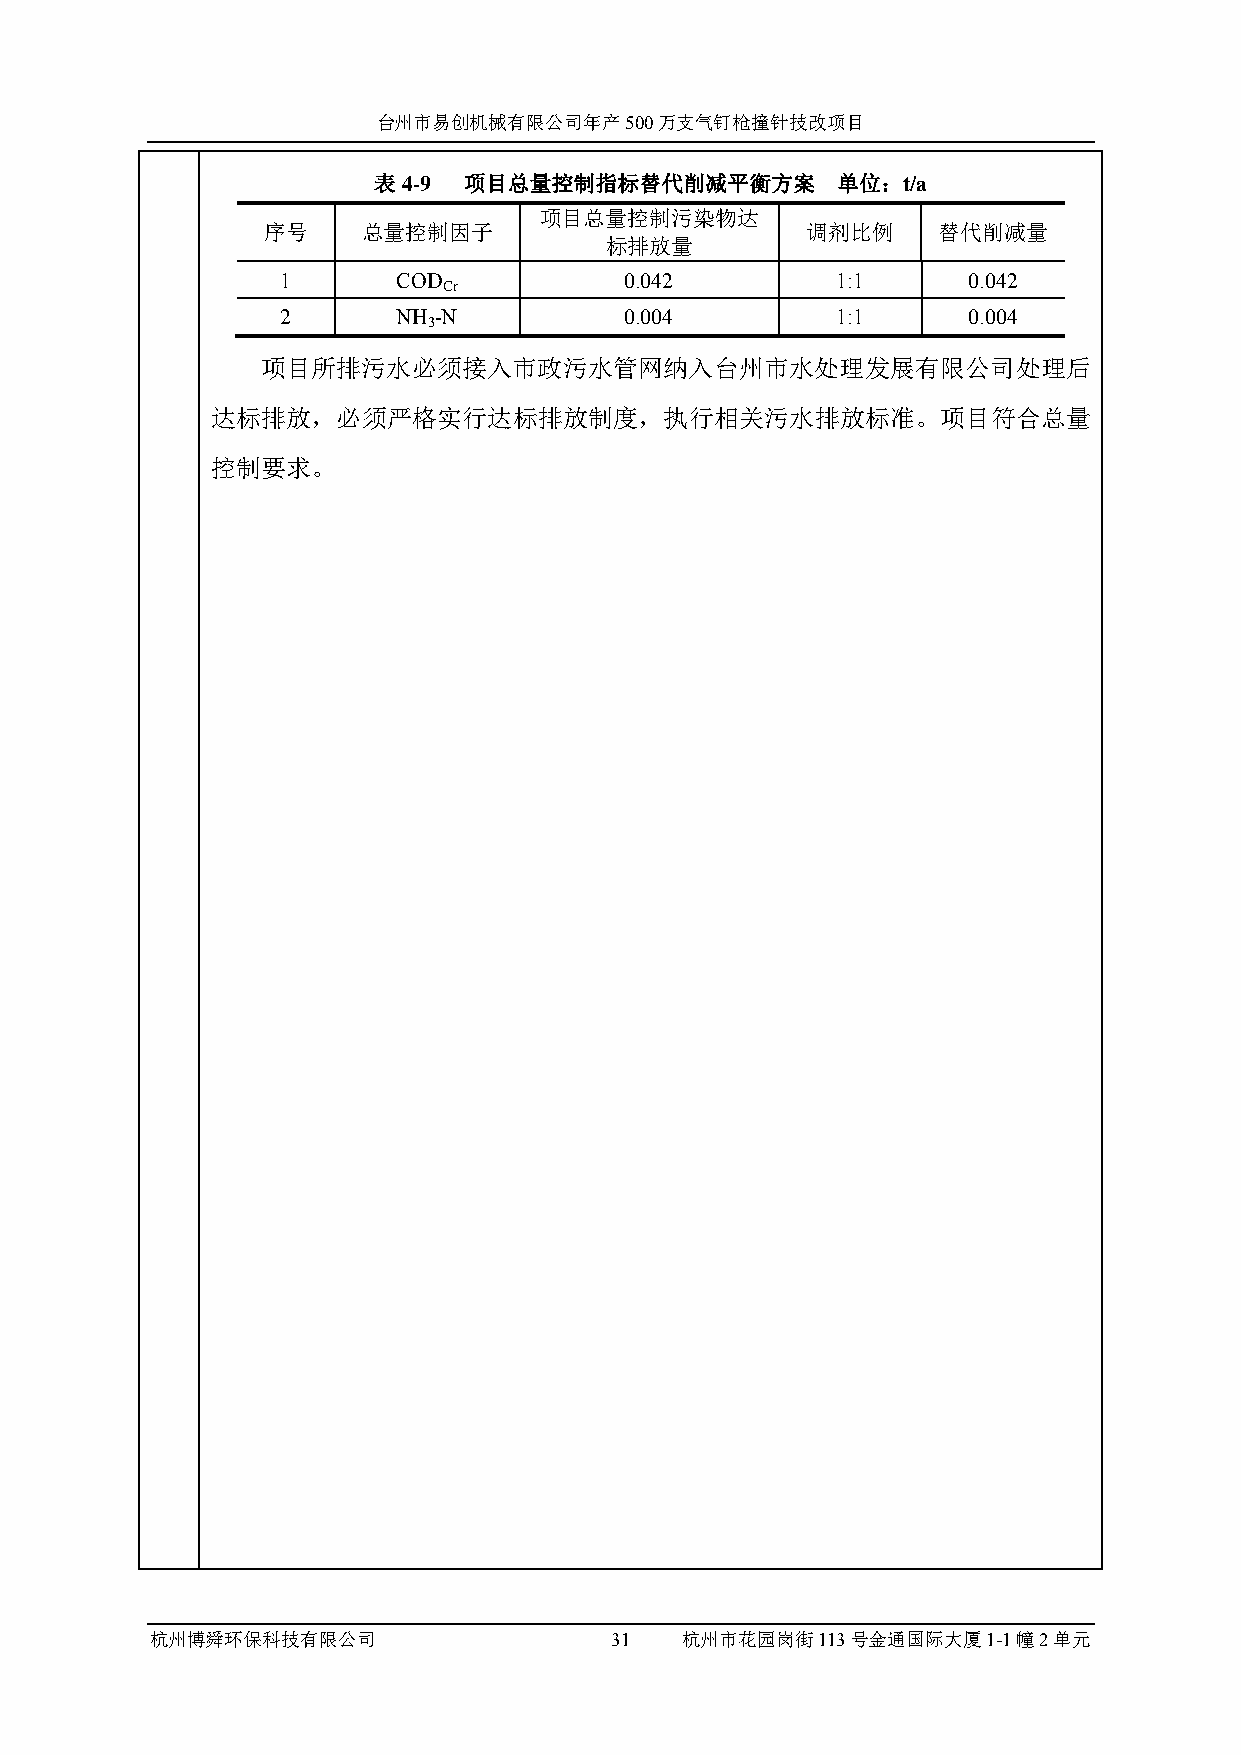
台州市易创机械有限公司年产500万支气钉枪撞针技改项目
 表4-9  项目总量控制指标替代削减平衡方案        单位：t/a
 项目总量控制污染物达
 序号     总量控制因子                       调剂比例     替代削减量
 标排放量
 1      COD            0.042         1:1      0.042
 Cr
 2      NH -N          0.004         1:1      0.004
 3
 项目所排污水必须接入市政污水管网纳入台州市水处理发展有限公司处理后
 达标排放，必须严格实行达标排放制度，执行相关污水排放标准。项目符合总量
 控制要求。
 杭州博舜环保科技有限公司                  31   杭州市花园岗街113号金通国际大厦1-1幢2单元